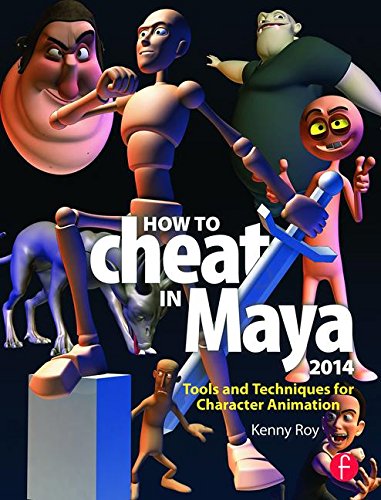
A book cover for How to Cheat in Maya 2014: Tools and Techniques for Character Animation; Kenny Roy; Arts & Photography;